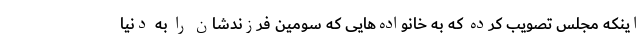
اینکه مجلس تصویب کرده که به خانواده‌هایی که سومین فرزندشان را به دنیا